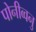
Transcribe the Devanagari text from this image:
पोनीव्वनु